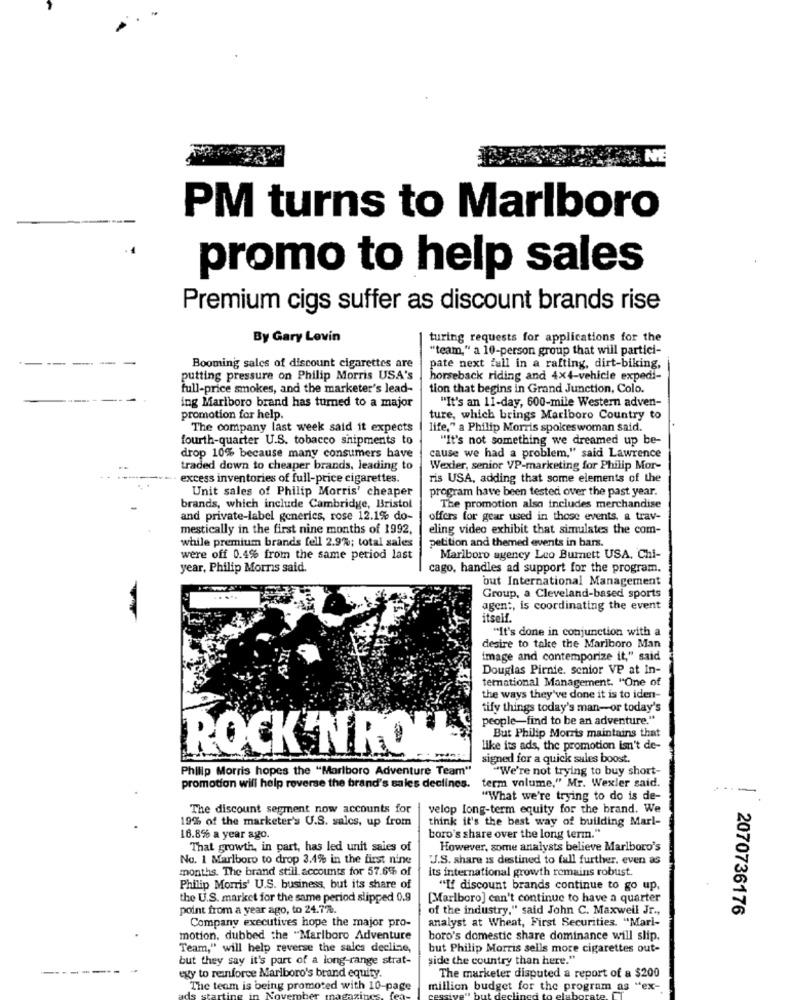
NE
PM turns to Marlboro
promo to help sales
Premium cigs suffer as discount brands rise
By Gary Lovin
turing requests for applications for the
"team," a 10-person group that will partici-
Booming sales of discount cigarettes are
pate next fall in a rafting, dirt-biking,
putting pressure on Philip Morris USA's
horseback riding and 4x4-vehicle expedi-
full-price smokes, and the marketer's lead-
tion that begins in Grand Junction, Colo.
"It's an 11-day, 600-mile Western adven-
ing Marlboro brand has turned to a major
promotion for help.
ture, which brings Marlboro Country to
The company last week said it expects
life," a Philip Morris spokeswoman said.
fourth-quarter U.S. tobacco shipments to
"It's not something we dreamed up be-
drop 10% because many consumers have
cause we had a problem," said Lawrence
traded down to cheaper brands, leading to
Wexler, senior VP-marketing for Philip Mor-
··· · excess inventories of full-price cigarettes.
ris USA, adding that some elements of the
Unit sales of Philip Morris' cheaper
program have been tested over the past year.
brands, which include Cambridge, Bristol
The promotion also includes merchandise
and private-label generics, rose 12.1% do-
offers for gear used in those events, a trav-
mestically in the first nine months of 1992,
eling video exhibit that simulates the com-
while premium brands fell 2.9%; total sales
petition and themed events in bars.
were off 0.4% from the same period last
Marlboro agency Leo Burnett USA. Chi-
year, Philip Morris said.
cago, handles ad support for the program.
but International Management
....
Group, a Cleveland-based sports
agent, is coordinating the event
itself.
"It's done in conjunction with a
desire to take the Mariboro Man
image and contemporize it," said
Douglas Pirnie. senior VP at In-
ternational Management. "One of
the ways they've done it is to iden-
tify things today's man-or today's
people-find to be an adventure."
But Philip Morris maintains that
ROCK'N'ROLL
like its ads, the promotion isn't de-
signed for a quick sales boost.
Philip Morris hopes the "Marlboro Adventure Team"
"We're not trying to buy short-
promotion will help reverse the brand's sales declines.
term volume," Mr. Wexler said.
"What we're trying to do is de-
The discount segment now accounts for
velop long-term equity for the brand. We
19% of the marketer's U.S. sales, up from
think it's the best way of building Marl-
16.8% a year ago.
boro's share over the long term."
That growth, in part, has led unit saies of
However, some analysts believe Marlboro's
No. 1 Marlboro to drop 3.4% in the first nine
J.S. share is destined to full further. even as
months. The brand still accounts for 57.6% of
its international growth remains robust.
Phillip Morris' U.S. business, but its share of
"If discount brands continue to go up,
the U.S. market for the same period slipped 0.9
[Marlboro] can't continue to have a quarter
point from a year ago, to 24.77.
of the industry," said John C. Maxwell Jr .,
2070736176
analyst at Wheat, First Securities. "Mari-
Company executives hope the major pro-
motion, dubbed the "Marlboro Adventure
boro's domestic share dominance will slip.
Team," will help reverse the sales decline,
but Philip Morris sells more cigarettes out-
but they say it's part of a long-range strat-
side the country than here."
-------
egy to reinforce Marlboro's brand equity.
The marketer disputed a report of a $200
The team is being promoted with 10-page
million budget for the program as "ex-